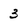
Character: 3